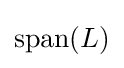
{\textstyle {\text{span}}(L)}